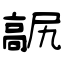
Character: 髛